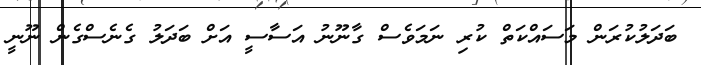
ބަދަލުކުރަން މަސައްކަތް ކުރި ނަމަވެސް ގާނޫނު އަސާސީ އަށް ބަދަލު ގެނެސްގެން ނޫނީ